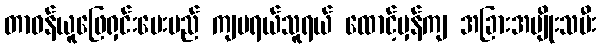
တာဝန်ယူဖြေရှင်းပေးမည် ကျမရယ်သူရယ် ထောင့်မှန်ကျ အခြားအမျိုးသမီး